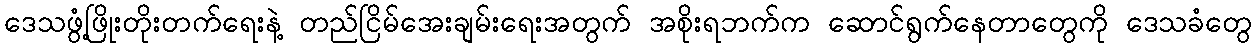
ဒေသဖွံ့ဖြိုးတိုးတက်ရေးနဲ့ တည်ငြိမ်အေးချမ်းရေးအတွက် အစိုးရဘက်က ဆောင်ရွက်နေတာတွေကို ဒေသခံတွေ